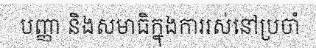
បញ្ញា និងសមាធិក្នុងការរស់នៅប្រចាំ